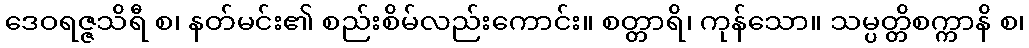
ဒေဝရဇ္ဇသိရီ စ၊ နတ်မင်း၏ စည်းစိမ်လည်းကောင်း။ စတ္တာရိ၊ ကုန်သော။ သမ္ပတ္တိစက္ကာနိ စ၊